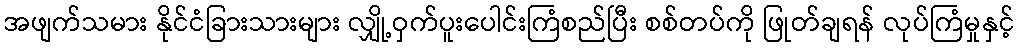
အဖျက်သမား နိုင်ငံခြားသားများ လျှို့ဝှက်ပူးပေါင်းကြံစည်ပြီး စစ်တပ်ကို ဖြုတ်ချရန် လုပ်ကြံမှုနှင့်